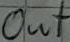
Text: out